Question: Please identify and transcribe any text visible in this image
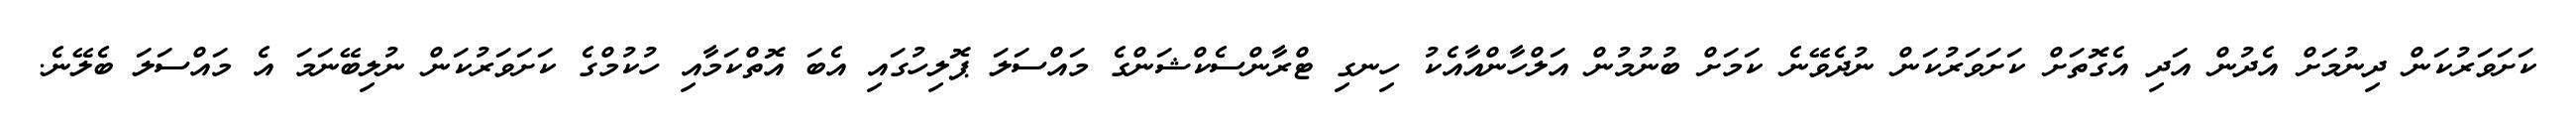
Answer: ކަށަވަރުކަން ދިނުމަށް އެދުން އަދި އެގޮތަށް ކަށަވަރުކަން ނުދެވޭނެ ކަމަށް ބުނުމުން އަލްހާންއާއެކު ހިނގި ޓްރާންސެކްޝަންގެ މައްސަލަ ޕޮލިހުގައި އެބަ އޮތްކަމާއި ހުކުމްގެ ކަށަވަރުކަން ނުލިބޭނަމަ އެ މައްސަލަ ބެލޭނެ.